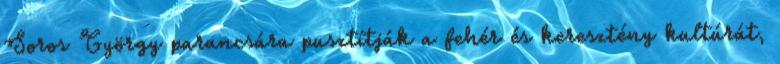
Soros György parancsára pusztítják a fehér és keresztény kultúrát,